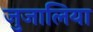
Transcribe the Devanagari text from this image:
जुजालिया